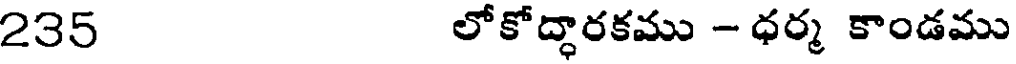
235 లోకోద్ధారకము - ధర్మ కాండము